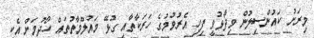
މިރަށު ކައުންސިލުން ވިދާޅުވީ ފިހި އެރުވުމުގެ ހަރަކާތާއި ގުޅޭ މައުލޫމާތުތައް ހޯދުމަށް އެކި